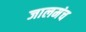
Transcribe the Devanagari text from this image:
जालमंच